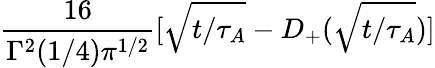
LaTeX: \frac{16}{\Gamma^{2}(1/4){\pi}^{1/2}}[\sqrt{t/\tau_{A}}-D_{+}(\sqrt{t/\tau_{A}})]